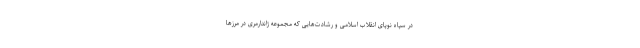
در سپاه نوپای انقلاب اسلامی و رشادت‌هایی که مجموعه ژاندارمری در مرزها